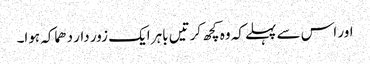
اور اس سے پہلے کہ وہ کچھ کرتیں باہر ایک زور دار دھماکہ ہوا۔